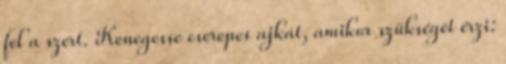
fel a szert. Kenegesse cserepes ajkát, amikor szükségét érzi: